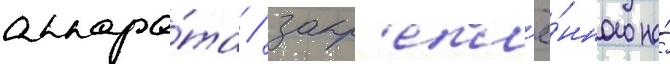
аппара́та / закр'епл'ё́нного на́